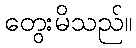
တွေးမိသည်။